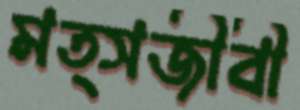
মত্সজীবী